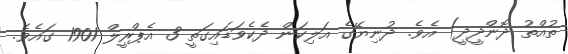
ތުއްތު ދޮންދީދީ) އެވެ. ދުނިޔޭގެ އަލިކަން ދެކެވަޑައިގަތީ 3 އެޕްރީލް 1901 ގައެވެ.